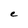
Character: e